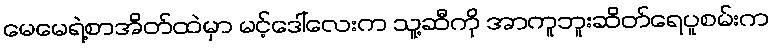
မေမေရဲ့စာအိတ်ထဲမှာ မင့်ဒေါ်လေးက သူ့ဆီကို အာကူဘူးဆိတ်ရေပူစမ်းက